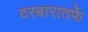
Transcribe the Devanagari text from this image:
दरबारातर्फे